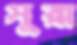
সুরা